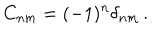
C _ { n m } = ( - 1 ) ^ { n } \delta _ { n m } \, .